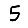
Digit: 5